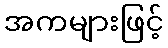
အကများဖြင့်